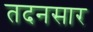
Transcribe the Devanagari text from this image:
तदनसार